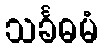
သင်္ခဓမံ